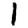
Digit: 1